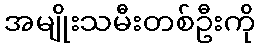
အမျိုးသမီးတစ်ဦးကို